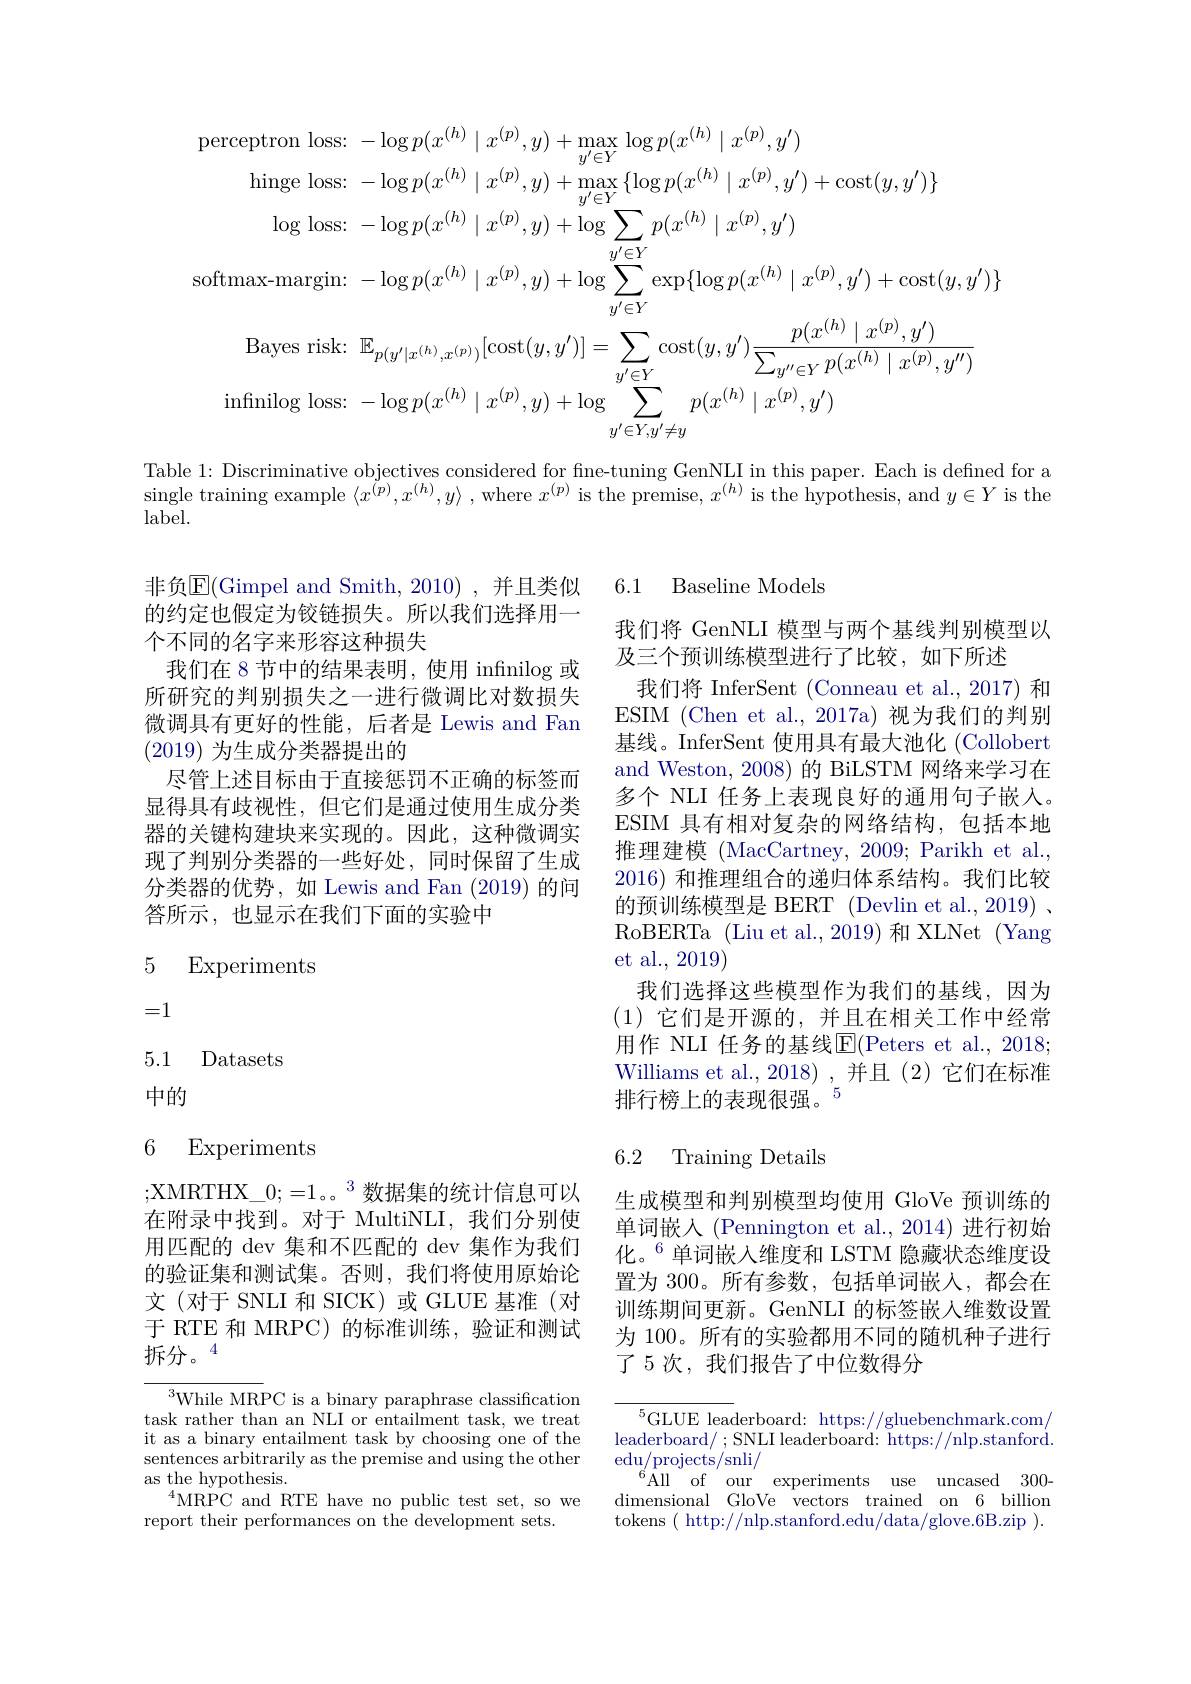
$$\begin{aligned}&\text{eptron loss:}-\log p(x^{(h)}\mid x^{(p)},y)+\max_{y^{\prime}\in Y}\log p(x^{(h)}\mid x^{(p)},y^{\prime})\\&\text{hinge loss:}-\log p(x^{(h)}\mid x^{(p)},y)+\max_{y^{\prime}\in Y}\{\log p(x^{(h)}\mid x^{(p)},y^{\prime})+\cot(y,y^{\prime})\}\\&\text{log loss:}-\log p(x^{(h)}\mid x^{(p)},y)+\log\sum_{y^{\prime}\in Y}p(x^{(h)}\mid x^{(p)},y^{\prime})\\&\text{nax-margin:}-\log p(x^{(h)}\mid x^{(p)},y)+\log\sum_{y^{\prime}\in Y}\exp\{\log p(x^{(h)}\mid x^{(p)},y^{\prime})+\cot(y,y^{\prime})\}\\&\text{Bayes risk:}\:\mathbb{E}_{p(y^{\prime}\mid x^{(h)},x^{(p)})}[\cos(y,y^{\prime})]=\sum_{y\in Y}\cos(y,y^{\prime})\frac{p(x^{(h)}\mid x^{(p)},y^{\prime})}{\sum_{y^{\prime\prime}\in Y}p(x^{(h)}\mid x^{(p)},y^{\prime\prime})}\\&\text{nifinilog loss:}-\log p(x^{(h)}\mid x^{(p)},y)+\log\sum_{y^{\prime}\in Y,y^{\prime}\neq y}p(x^{(h)}\mid x^{(p)},y^{\prime})\end{aligned}$$
Table 1: Discriminative objectives considered for fine-tuning GenNLI in this paper. Each is defned for a single training example $\langle x^\ddot{(p)},x^{(h)},y\rangle$ ,where $x^(p)$ is the premise, $x^(h)$ is the hypothesis, and $y\in Y$ is the label.

6.1 Baseline Models

非负$\overline{\mathrm{E}}($Gimpel and Smith,2010),并且类似的约定也假定为铰链损失。所以我们选择用一个不同的名字来形容这种损失
我们在 8 节中的结果表明，使用 infinilog 或所研究的判别损失之一进行微调比对数损失微调具有更好的性能，后者是 Lewis and Fan (2019)为生成分类器提出的
尽管上述目标由于直接惩罚不正确的标签而显得具有歧视性，但它们是通过使用生成分类器的关键构建块来实现的。因此，这种微调实现了判别分类器的一些好处，同时保留了生成分类器的优势，如 Lewis and Fan (2019) 的问答所示，也显示在我们下面的实验中

我们将 GenNLI 模型与两个基线判别模型以
及三个预训练模型进行了比较，如下所述
我们将 InferSent (Conneau et al., 2017) 和ESIM (Chen et al.,2017a) 视为我们的判别基线。InferSent 使用具有最大池化 (Collobert and Weston, 2008) 的 BiLSTM 网络来学习在多个 NLI 任务上表现良好的通用句子嵌入。ESIM 具有相对复杂的网络结构，包括本地推理建模 (MacCartney, 2009; Parikh et al., 2016) 和推理组合的递归体系结构。我们比较的预训练模型是 BERT (Devlin et al., 2019) 、 RoBERTa (Liu et al., 2019) 和 XLNet (Yang et al., 2019)
我们选择这些模型作为我们的基线，因为(1)它们是开源的，并且在相关工作中经常用作 NLI 任务的基线E$( Peters et al. , 2018;$ Williams et al., 2018) , 并且 (2) 它们在标准排行榜上的表现很强。$^{5}$

5 Experiments

=1

5.1 Datasets

中的

## 6 Experiments

# 6.2 Training Details

;XMRTHX\_0;=1。。$^3$数据集的统计信息可以在附录中找到。对于 MultiNLI, 我们分别使用匹配的 dev 集和不匹配的 dev 集作为我们的验证集和测试集。否则，我们将使用原始论文(对于 SNLI 和 SICK) 或 GLUE 基准(对于 RTE 和 MRPC) 的标准训练，验证和测试拆分。$^{4}$

生成模型和判别模型均使用 GloVe 预训练的单词嵌入 (Pennington et al., 2014) 进行初始化。$^{6}$单词嵌入维度和 LSTM 隐藏状态维度设置为 300。所有参数，包括单词嵌入，都会在训练期间更新。GenNLI 的标签嵌人维数设置为 100。所有的实验都用不同的随机种子进行了 5 次，我们报告了中位数得分

$^{3}$While MRPC is a binary paraphrase classification task rather than an NLI or entailment task, we treat it as a binary entailment task by choosing one of the sentences arbitrarily as the premise and using the other as the hypothesis.
$^{4}$MRPC and RTE have no public test set, so we
report their performances on the development sets.

$^5$GLUE leaderboard: https://gluebenchmark.com/ leaderboard/ ; SNLI leaderboard: https://nlp.stanford. $\mathop{\mathrm{edu/projects/snli/}}$
$^{6}$All of$^\prime$our experiments use uncased 300- dimensional GloVe vectors trained on 6 billion tokens ( http://nlp.stanford.edu/data/glove.6B.zip ).